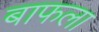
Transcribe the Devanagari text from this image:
बाफला